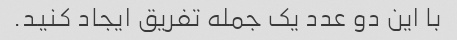
با این دو عدد یک جمله تفریق ایجاد کنید.